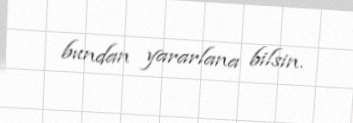
bundan yararlana bilsin.